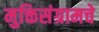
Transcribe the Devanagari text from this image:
मुक्तिसंग्रामचे